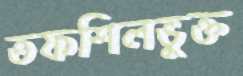
তফশিলভুক্ত